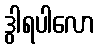
ဒွါရပါလော